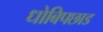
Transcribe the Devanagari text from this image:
धोबिपछाड